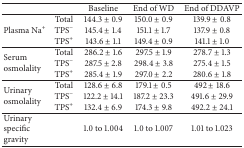
<table><thead><tr><td><b> </b></td><td><b> </b></td><td><b>Baseline</b></td><td><b>End of WD</b></td><td><b>End of DDAVP</b></td></tr></thead><tbody><tr><td rowspan="3">Plasma Na<sup>+</sup></td><td>Total</td><td>144.3 ± 0.9</td><td>150.0 ± 0.9</td><td>139.9 ± 0.8</td></tr><tr><td>TPS<sup>−</sup></td><td>145.4 ± 1.4</td><td>151.1 ± 1.7</td><td>137.9 ± 0.8</td></tr><tr><td>TPS<sup>+</sup></td><td>143.6 ± 1.1</td><td>149.4 ± 0.9</td><td>141.1 ± 1.0</td></tr><tr><td rowspan="3">Serum osmolality </td><td>Total</td><td>286.2 ± 1.6</td><td>297.5 ± 1.9</td><td>278.7 ± 1.3</td></tr><tr><td>TPS<sup>−</sup></td><td>287.5 ± 2.8</td><td>298.4 ± 3.8</td><td>275.4 ± 1.5</td></tr><tr><td>TPS<sup>+</sup></td><td>285.4 ± 1.9</td><td>297.0 ± 2.2</td><td>280.6 ± 1.8</td></tr><tr><td rowspan="3">Urinary osmolality </td><td>Total</td><td>128.6 ± 6.8</td><td>179.1 ± 0.5</td><td>492 ± 18.6</td></tr><tr><td>TPS<sup>−</sup></td><td>122.2 ± 14.1</td><td>187.2 ± 23.3</td><td>491.6 ± 29.9</td></tr><tr><td>TPS<sup>+</sup></td><td>132.4 ± 6.9</td><td>174.3 ± 9.8</td><td>492.2 ± 24.1</td></tr><tr><td>Urinary specific gravity</td><td> </td><td>1.0 to 1.004</td><td>1.0 to 1.007</td><td>1.01 to 1.023</td></tr></tbody></table>